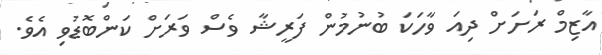
އާޒިމް ރަށަށް ދިއަ ވާހަކަ ބުނުމުން ފަރީޝާ ވެސް ވަރަށް ކަންބޮޑުވި އެވެ.